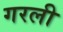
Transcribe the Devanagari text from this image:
गरली